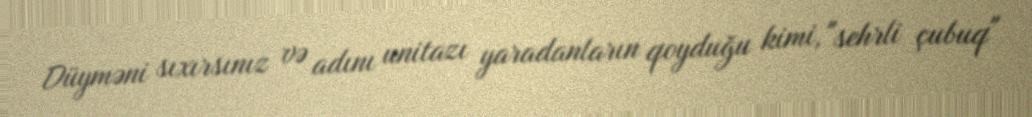
Düyməni sıxırsınız və adını unitazı yaradanların qoyduğu kimi, "sehrli çubuq"